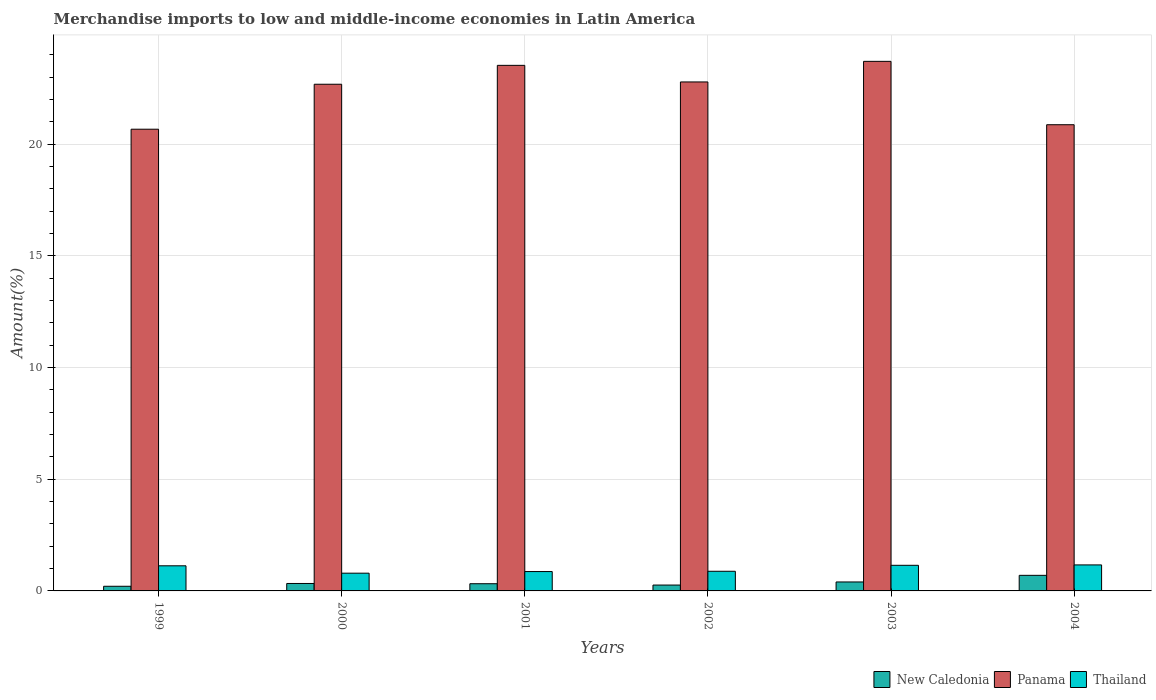
| Years | New Caledonia | Panama | Thailand |
 | --- | --- | --- | --- |
 | 1999 | 0.208 | 20.7 | 1.12 |
 | 2000 | 0.334 | 22.7 | 0.794 |
 | 2001 | 0.322 | 23.5 | 0.867 |
 | 2002 | 0.263 | 22.8 | 0.879 |
 | 2003 | 0.401 | 23.7 | 1.15 |
 | 2004 | 0.698 | 20.9 | 1.16 |